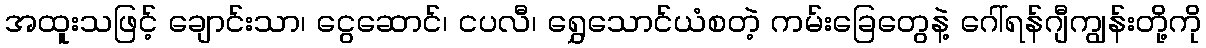
အထူးသဖြင့် ချောင်းသာ၊ ငွေဆောင်၊ ငပလီ၊ ရွှေသောင်ယံစတဲ့ ကမ်းခြေတွေနဲ့ ဂေါ်ရန်ဂျီကျွန်းတို့ကို